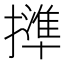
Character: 𢶥